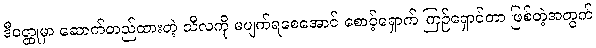
ဒီဝတ္ထုမှာ ဆောက်တည်ထားတဲ့ သီလကို မပျက်ရစေအောင် စောင့်ရှောက် ကြဉ်ရှောင်တာ ဖြစ်တဲ့အတွက်